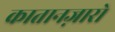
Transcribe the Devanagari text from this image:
कातानज़ारो